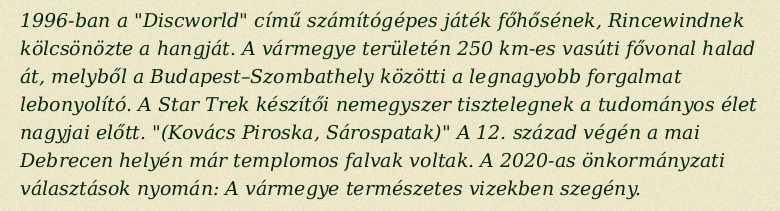
1996-ban a "Discworld" című számítógépes játék főhősének, Rincewindnek kölcsönözte a hangját. A vármegye területén 250 km-es vasúti fővonal halad át, melyből a Budapest–Szombathely közötti a legnagyobb forgalmat lebonyolító. A Star Trek készítői nemegyszer tisztelegnek a tudományos élet nagyjai előtt. "(Kovács Piroska, Sárospatak)" A 12. század végén a mai Debrecen helyén már templomos falvak voltak. A 2020-as önkormányzati választások nyomán: A vármegye természetes vizekben szegény.